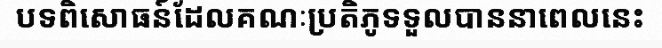
បទពិសោធន៍ដែលគណៈប្រតិភូទទួលបាននាពេលនេះ